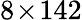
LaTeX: {8\! \times\! 142}